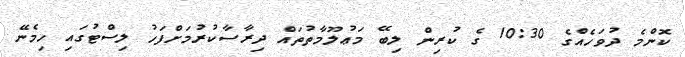
ކޮންމެ ދުވަހެއްގެ 10:30 ގެ ކުރިން ލިބޭ މަޢުލޫމާތުތައް ދިރާސާކުރުމަށްފަހު ލިސްޓުގައި ހިމެނޭ